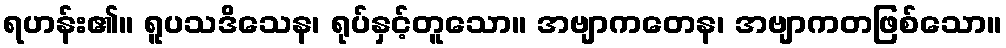
ရဟန်း၏။ ရူပသဒိသေန၊ ရုပ်နှင့်တူသော။ အဗျာကတေန၊ အဗျာကတဖြစ်သော။